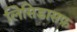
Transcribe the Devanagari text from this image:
लिसिडासफ़